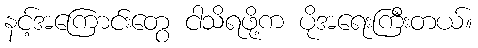
နင့်အကြောင်းတွေ ငါသိရဖို့က ပိုအရေးကြီးတယ်။